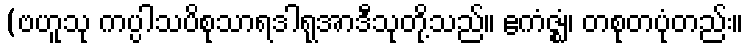
(ဗဟူသု ကပ္ပါသပိစုသာရဒါရုအာဒီသုတို့သည်။ ဧကံဇ္ဈံ၊ တစုတပုံတည်း။